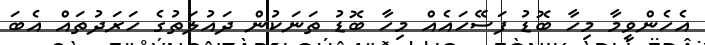
އެހެންވީމާ މިހާ ބޮޑު ފަސޭހައެއް މިހާ ބޮޑު ތަނަކުން ދައުލަތުގެ ހަރަދުތައް އެބަ